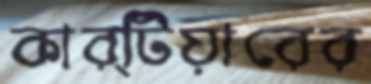
কার্টিয়ারের